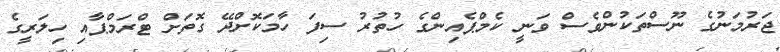
ޖަރުމަނުގެ ނޫސްތަކުންވެސް ވަނީ ކެމްޕެއިންގެ ހުތުރު ސިފަ ހާމަކޮށްދޭ ގޮތަށް ޓްރަމްޕާއި ހިލަރީގެ